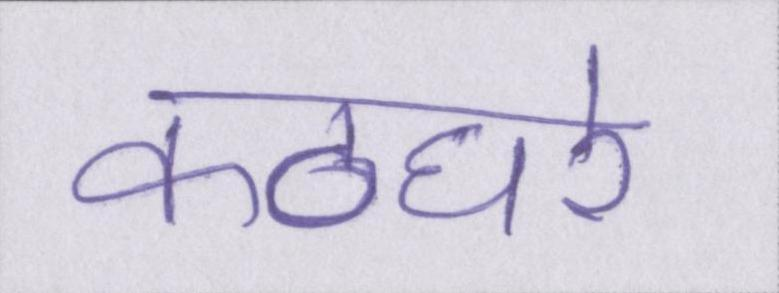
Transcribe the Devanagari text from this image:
कठघरे